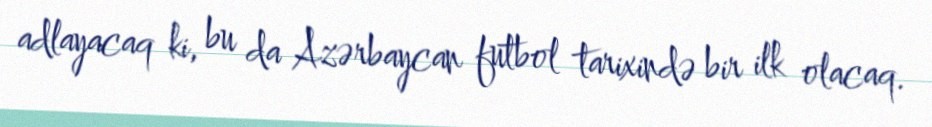
adlayacaq ki, bu da Azərbaycan futbol tarixində bir ilk olacaq.